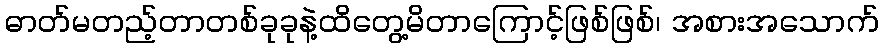
ဓာတ်မတည့်တာတစ်ခုခုနဲ့ထိတွေ့မိတာကြောင့်ဖြစ်ဖြစ်၊ အစားအသောက်